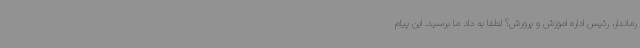
رماندار، رئیس اداره اموزش و پرورش؟ لطفاً به داد ما برسید. این پیام